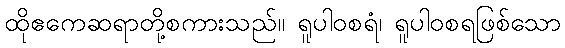
ထိုဧကေဆရာတို့စကားသည်။ ရူပါဝစရံ၊ ရူပါဝစရဖြစ်သော